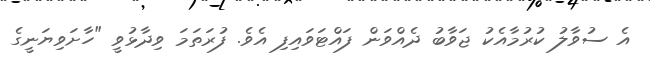
އެ ސުވާލު ކުރުމާއެކު ޖަވާބު ދެއްވަން ފައްޓަވައިފި އެވެ. ފުރަތަމަ ވިދާޅުވީ "ހާށަވިޔަނީގެ